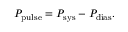
\! P _ { \mathrm { p u l s e } } = P _ { \mathrm { s y s } } - P _ { \mathrm { d i a s } } .